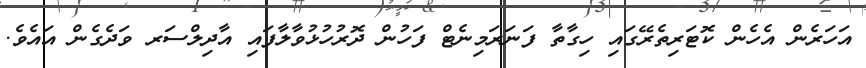
އަހަރެން އެހެން ކޮޓަރިތެރޭގައި ހިގާތާ ފަނަރަމިނެޓް ފަހުން ދޮރުހުޅުވާލާފައި އާދިލްސަރ ވަދެގެން އައެވެ.